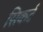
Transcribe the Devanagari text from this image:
सिकर्ट